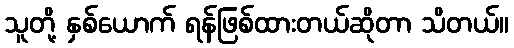
သူတို့ နှစ်ယောက် ရန်ဖြစ်ထားတယ်ဆိုတာ သိတယ်။